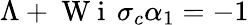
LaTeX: \Lambda+\mathrm{~W~i~}\, \sigma_{c}\alpha_{1}=-1